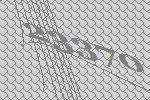
23370